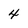
Character: 4